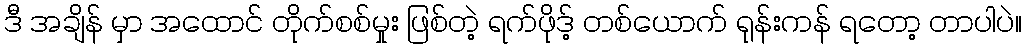
ဒီ အချိန် မှာ အထောင် တိုက်စစ်မှုး ဖြစ်တဲ့ ရက်ဖိုဒ့် တစ်ယောက် ရုန်းကန် ရတော့ တာပါပဲ။